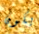
يكون